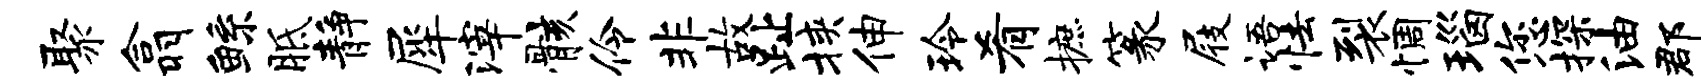
聚翕鲧胝静犀滓骸伶非故趾挟伸玲肴摭篆屐语怯裂惆瑙您探油郡